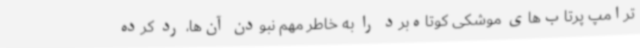
ترامپ پرتاب‌های موشکی کوتاه‌برد را به خاطر مهم نبودن آن‌ها، رد کرده